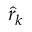
\boldsymbol { { \hat { r } } _ { k } }